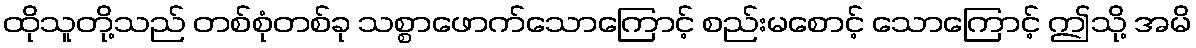
ထိုသူတို့သည် တစ်စုံတစ်ခု သစ္စာဖောက်သောကြောင့် စည်းမစောင့် သောကြောင့် ဤသို့ အမိ